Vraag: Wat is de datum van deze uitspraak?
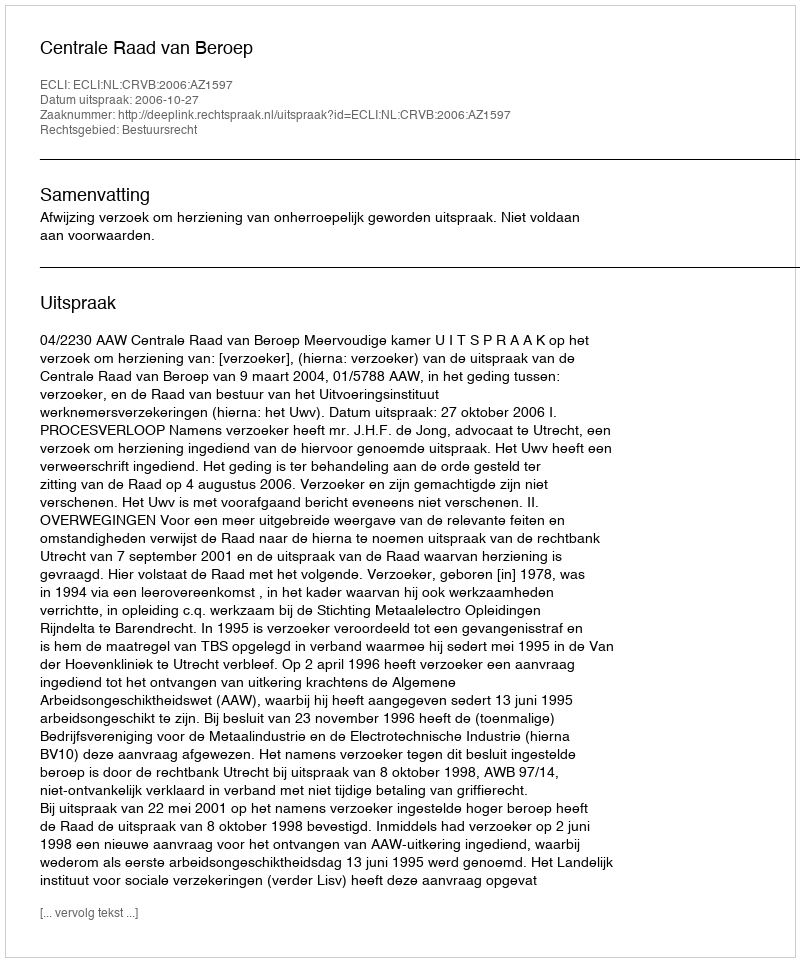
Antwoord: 2006-10-27